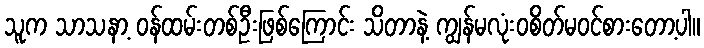
သူက သာသနာ့ ဝန်ထမ်းတစ်ဦးဖြစ်ကြောင်း သိတာနဲ့ ကျွန်မလုံးဝစိတ်မဝင်စားတော့ပါ။